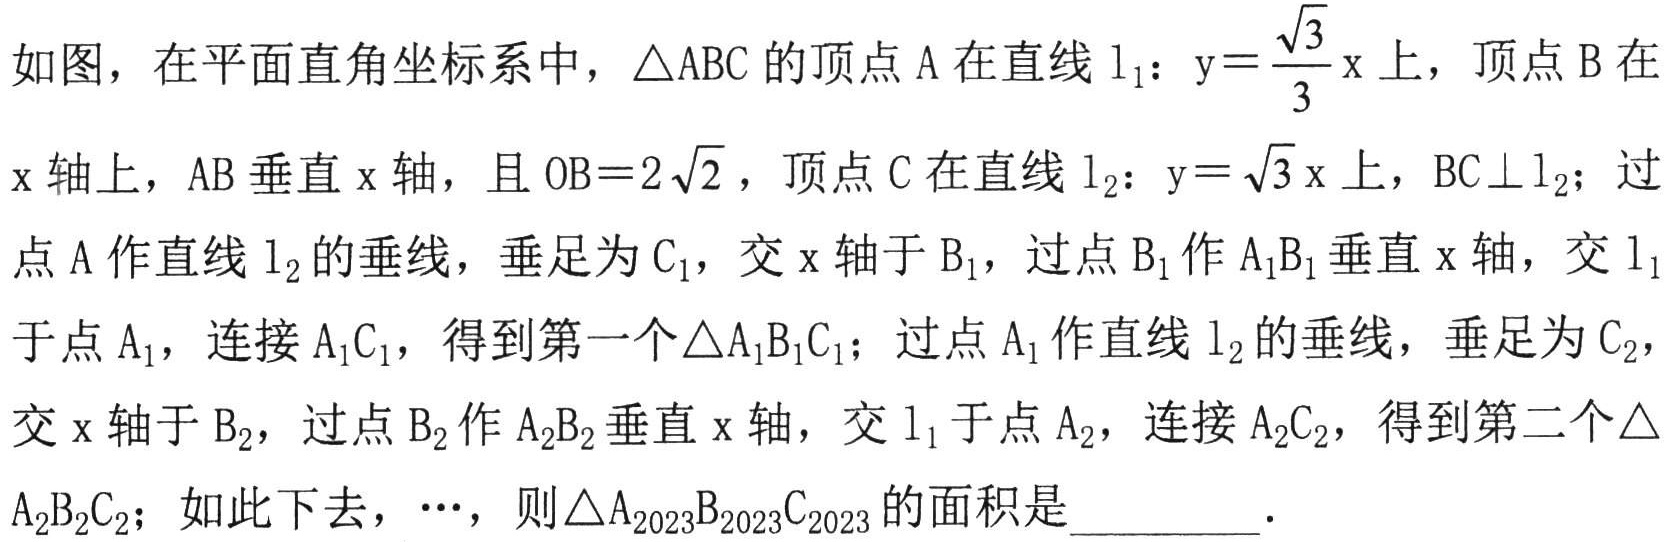
如图，在平面直角坐标系中，\(\triangle ABC\)的顶点\(A\)在直线\(l_{1}\)：\(y = \frac{\sqrt{3}}{3}x\)上，顶点\(B\)在\(x\)轴上，\(AB\)垂直\(x\)轴，且\(OB = 2\sqrt{2}\)，顶点\(C\)在直线\(l_{2}\)：\(y = \sqrt{3}x\)上，\(BC\perp l_{2}\)；过点\(A\)作直线\(l_{2}\)的垂线，垂足为\(C_{1}\)，交\(x\)轴于\(B_{1}\)，过点\(B_{1}\)作\(A_{1}B_{1}\)垂直\(x\)轴，交\(l_{1}\)于点\(A_{1}\)，连接\(A_{1}C_{1}\)，得到第一个\(\triangle A_{1}B_{1}C_{1}\)；过点\(A_{1}\)作直线\(l_{2}\)的垂线，垂足为\(C_{2}\)，交\(x\)轴于\(B_{2}\)，过点\(B_{2}\)作\(A_{2}B_{2}\)垂直\(x\)轴，交\(l_{1}\)于点\(A_{2}\)，连接\(A_{2}C_{2}\)，得到第二个\(\triangle A_{2}B_{2}C_{2}\)；如此下去，\(\cdots\)，则\(\triangle A_{2023}B_{2023}C_{2023}\)的面积是  ．